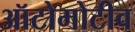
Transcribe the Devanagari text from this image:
ऑटोमोटीव